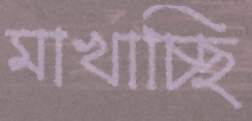
মাখাচ্ছি